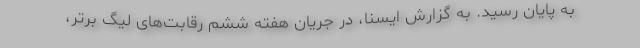
به پایان رسید. به گزارش ایسنا، در جریان هفته ششم رقابت‌های لیگ برتر،